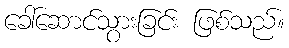
ခေါ်ဆောင်သွားခြင်း ဖြစ်သည်။